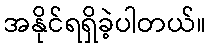
အနိုင်ရရှိခဲ့ပါတယ်။